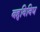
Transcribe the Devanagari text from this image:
बहुविविध